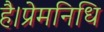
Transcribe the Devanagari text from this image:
है।प्रेमनिधि